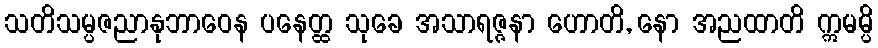
သတိသမ္ပဇညာနုဘာဝေန ပနေတ္ထ သုခေ အသာရဇ္ဇနာ ဟောတိ, နော အညထာတိ ဣမမ္ပိ